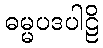
ဓမ္မပဒပါဠိ